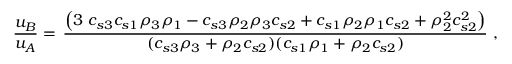
\frac { u _ { B } } { u _ { A } } = \, \frac { \left( 3 \ c _ { s 3 } c _ { s 1 } \rho _ { 3 } \rho _ { 1 } - c _ { s 3 } \rho _ { 2 } \rho _ { 3 } c _ { s 2 } + c _ { s 1 } \rho _ { 2 } \rho _ { 1 } c _ { s 2 } + \rho _ { 2 } ^ { 2 } c _ { s 2 } ^ { 2 } \right) } { ( c _ { s 3 } \rho _ { 3 } + \rho _ { 2 } c _ { s 2 } ) ( c _ { s 1 } \rho _ { 1 } + \rho _ { 2 } c _ { s 2 } ) } \ ,